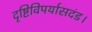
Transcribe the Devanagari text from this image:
दृष्टिविपर्यासदंड।